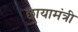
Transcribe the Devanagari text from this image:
छायामंत्री